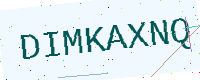
Text: DIMKAXNQ